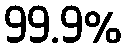
99.9%